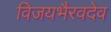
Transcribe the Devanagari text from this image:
विजयभैरवदेव